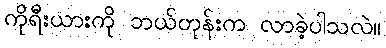
ကိုရီးယားကို ဘယ်တုန်းက လာခဲ့ပါသလဲ။